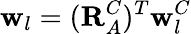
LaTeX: \mathbf{w}_{l}=(\mathbf{R}_{A}^{C})^{T}\mathbf{w}_{l}^{C}